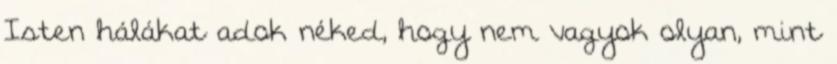
Isten hálákat adok néked, hogy nem vagyok olyan, mint